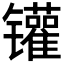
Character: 𲈡